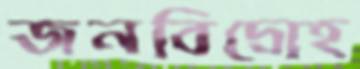
জনবিদ্রোহ